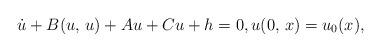
LaTeX: \begin{align*} \dot u+B(u,\,u)+A u+Cu+h=0,u(0,\,x)=u_0(x),\end{align*}